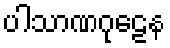
ပါသာဏဂုဠေန